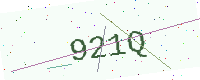
Text: 921Q